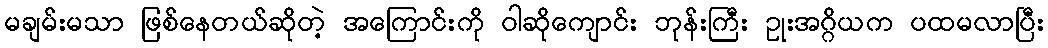
မချမ်းမသာ ဖြစ်နေတယ်ဆိုတဲ့ အကြောင်းကို ဝါဆိုကျောင်း ဘုန်းကြီး ဥုးအဂ္ဂိယက ပထမလာပြီး